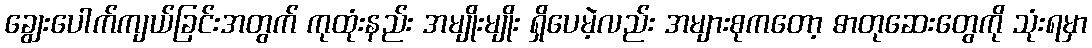
ချွေးပေါက်ကျယ်ခြင်းအတွက် ကုထုံးနည်း အမျိုးမျိုး ရှိပေမဲ့လည်း အများစုကတော့ ဓာတုဆေးတွေကို သုံးရမှာ